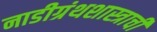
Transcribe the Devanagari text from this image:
नाडीग्रंथशास्त्राची